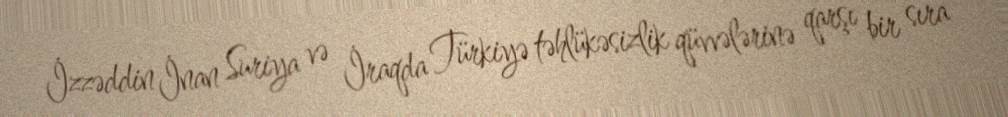
İzzəddin İnan Suriya və İraqda Türkiyə təhlükəsizlik qüvvələrinə qarşı bir sıra